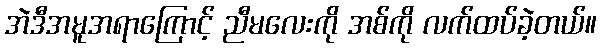
အဲဒီအမူအရာကြောင့် ညီမလေးကို အစ်ကို လက်ထပ်ခဲ့တယ်။